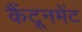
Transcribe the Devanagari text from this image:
कैंटूनमेंट